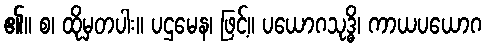
၏။ စ၊ ထိုမှတပါး။ ပဌမေန၊ ဖြင့်။ ပယောဂသုဒ္ဓိ၊ ကာယပယောဂ